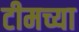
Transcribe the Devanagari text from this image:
टीमच्या